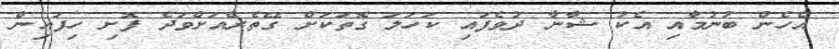
އެހެން ބުނުމާއި އެކު ޝާނާ ދުވެފައި ކަހަލަ ގޮތަކަށް ގޭތެރެއަށްވަދެ ފޮށި ހިފައިން